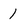
Character: 1